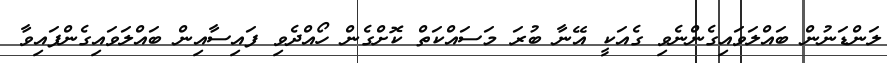
ލަންޑަނުން ބައްލަވައިގެންނެވި ގެއަކީ އޭނާ ބުރަ މަސައްކަތް ކޮށްގެން ހޯއްދެވި ފައިސާއިން ބައްލަވައިގެންފައިވާ